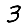
Digit: 3